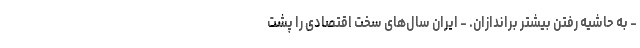
- به حاشیه رفتن بیشتر براندازان. - ایران سال‌های سخت اقتصادی را پشت